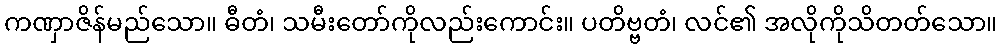
ကဏှာဇိန်မည်သော။ ဓီတံ၊ သမီးတော်ကိုလည်းကောင်း။ ပတိဗ္ဗတံ၊ လင်၏ အလိုကိုသိတတ်သော။